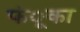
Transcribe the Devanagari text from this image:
फंूका